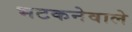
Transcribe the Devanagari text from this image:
भटकनेवाले